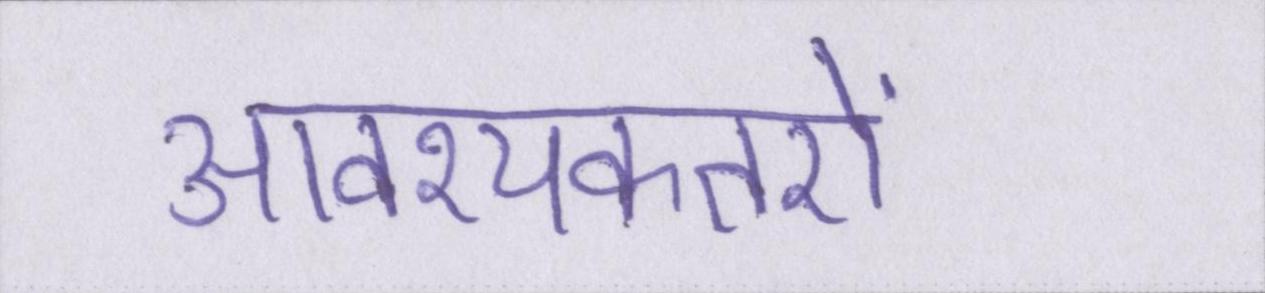
आवश्यकतऐं